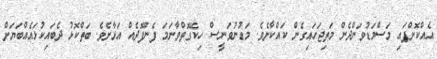
އެއްކޮށްފައި މަސްމަޑުވަންދެން މަތިޖަހައިގެން ކައްކާށެވެ. މަޑުނުވަނީސް ހިކޭގޮތްވާނަމަ ފެންފޮދެއް އަޅާށެވެ. ބަތްކޮޅު ދެބައިކުޅައެއްބަޔަށް